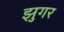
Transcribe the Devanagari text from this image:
झुगर